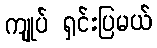
ကျုပ် ရှင်းပြမယ်